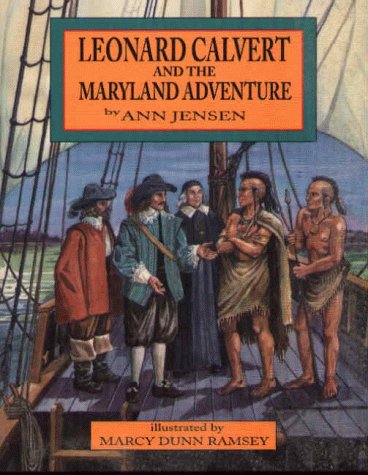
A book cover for Leonard Calvert and the Maryland Adventure; Ann Jensen; Teen & Young Adult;